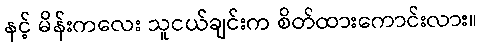
နင့် မိန်းကလေး သူငယ်ချင်းက စိတ်ထားကောင်းလား။